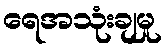
ရေအသုံးချမှု